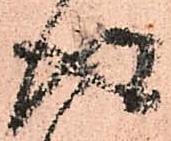
得